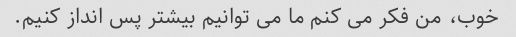
خوب، من فکر می کنم ما می توانیم بیشتر پس انداز کنیم.